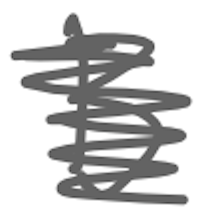
Text: B
Cross-out: scratch
Writing tool: digital_gray